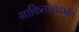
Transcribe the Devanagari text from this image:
भाकितासंदर्भात